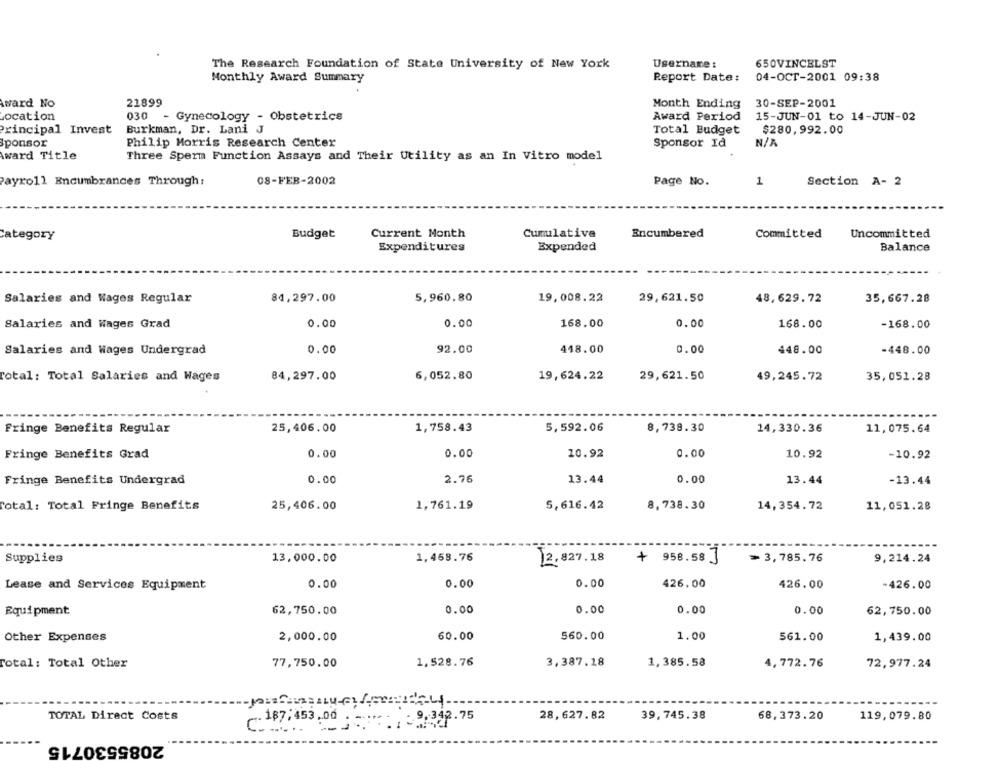
The Research Foundation of State University of New York
Username :
650VINCELST
04-OCT-2001 09:38
Monthly Award Summary
Report Date:
ward No
21899
Month Ending
30-SEP-2001
030
Location
- Gynecology - Obstetrics
Award Period
15-JUN-01 to 14-JUN-02
Principal Invest
Burkman, Dr. Lani J
Total Budget
$280,992.00
Sponsor
Philip Morris Research Center
Sponsor Id
Award Title
Three Sperm Function Assays and Their Utility as an In Vitro model
Payroll Encumbrances Through:
08-FEB-2002
Page No.
1
Section A- 2
Category
Budget
Current Month
Cumulative
Encumbered
Committed
Uncommitted
Expenditures
Expended
Balance
84,297.00
5,960.80
19,008.22
48,629.72
35,667.28
Salaries and Wages Regular
29,621.50
Salaries and Wages Grad
0.00
0.00
168.00
0.00
168.00
-168.00
Salaries and Wages Undergrad
0.00
92.00
418.00
0.00
448.00
-448.00
Total: Total Salaries and Wages
84,297.00
6,052.80
19,624.22
29,621.50
49,245.72
35,051.28
Fringe Benefits Regular
25,406.00
1,758.43
5,592.06
8,738.30
14,330.36
11, 075.64
Fringe Benefits Grad
0.00
0.00
10.92
0.00
10.92
-10.92
2.76
0.00
Fringe Benefits Undergrad
0.00
13.44
13.44
-13.44
Total: Total Fringe Benefits
25,406.00
1,761.19
5,616.42
8,738.30
14,354.72
11,051.28
Supplies
13,000.00
1,468.76
12.827.18
+
958.58 ]
= 3,785.76
9,214.24
Lease and Services Equipment
0.00
0.00
0.00
426,00
426.00
-426.00
0.00
0.00
0.00
Equipment
62,750.00
0.00
62,750.00
Other Expenses
2,000.00
60.00
560.00
1.00
561.00
1,439.00
Total: Total Other
1,528.76
3,387.18
1,385.58
77,750.00
4,772.76
72,977.24
28,627.82
39,745.38
68,373.20
119,079.80
TOTAL Direct Costs
.. 187:453.00
2085530715